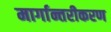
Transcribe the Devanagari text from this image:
मार्गान्तरीकरण